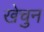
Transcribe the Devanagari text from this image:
खेचुन